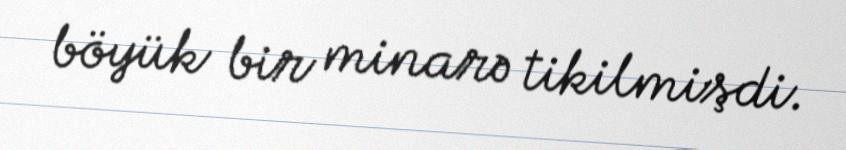
böyük bir minarə tikilmişdi.